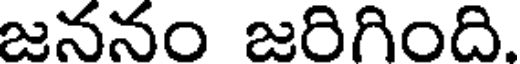
జననం జరిగింది.